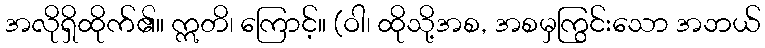
အလိုရှိထိုက်၏။ ဣတိ၊ ကြောင့်။ (ဝါ၊ ထိုသို့အစ, အစမှကြွင်းသော အဘယ်